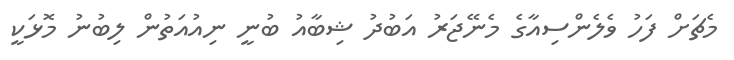
މެޗަށް ފަހު ވެލެންސިއާގެ މެނޭޖަރު އަބުދު ޝިބާއު ބުނީ ނިއުއަތުން ލިބުނު މޮޅަކީ